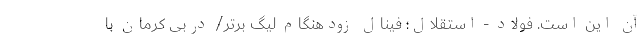
آن این است. فولاد - استقلال؛ فینال زودهنگام لیگ برتر/ دربی کرمان با